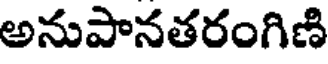
అనుపానతరంగిణి